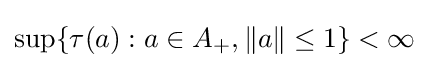
\sup\{\tau (a):a\in A_{+},\|a\|\leq 1\}<\infty